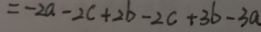
= - 2 a - 2 c + 2 b - 2 c + 3 b - 3 a